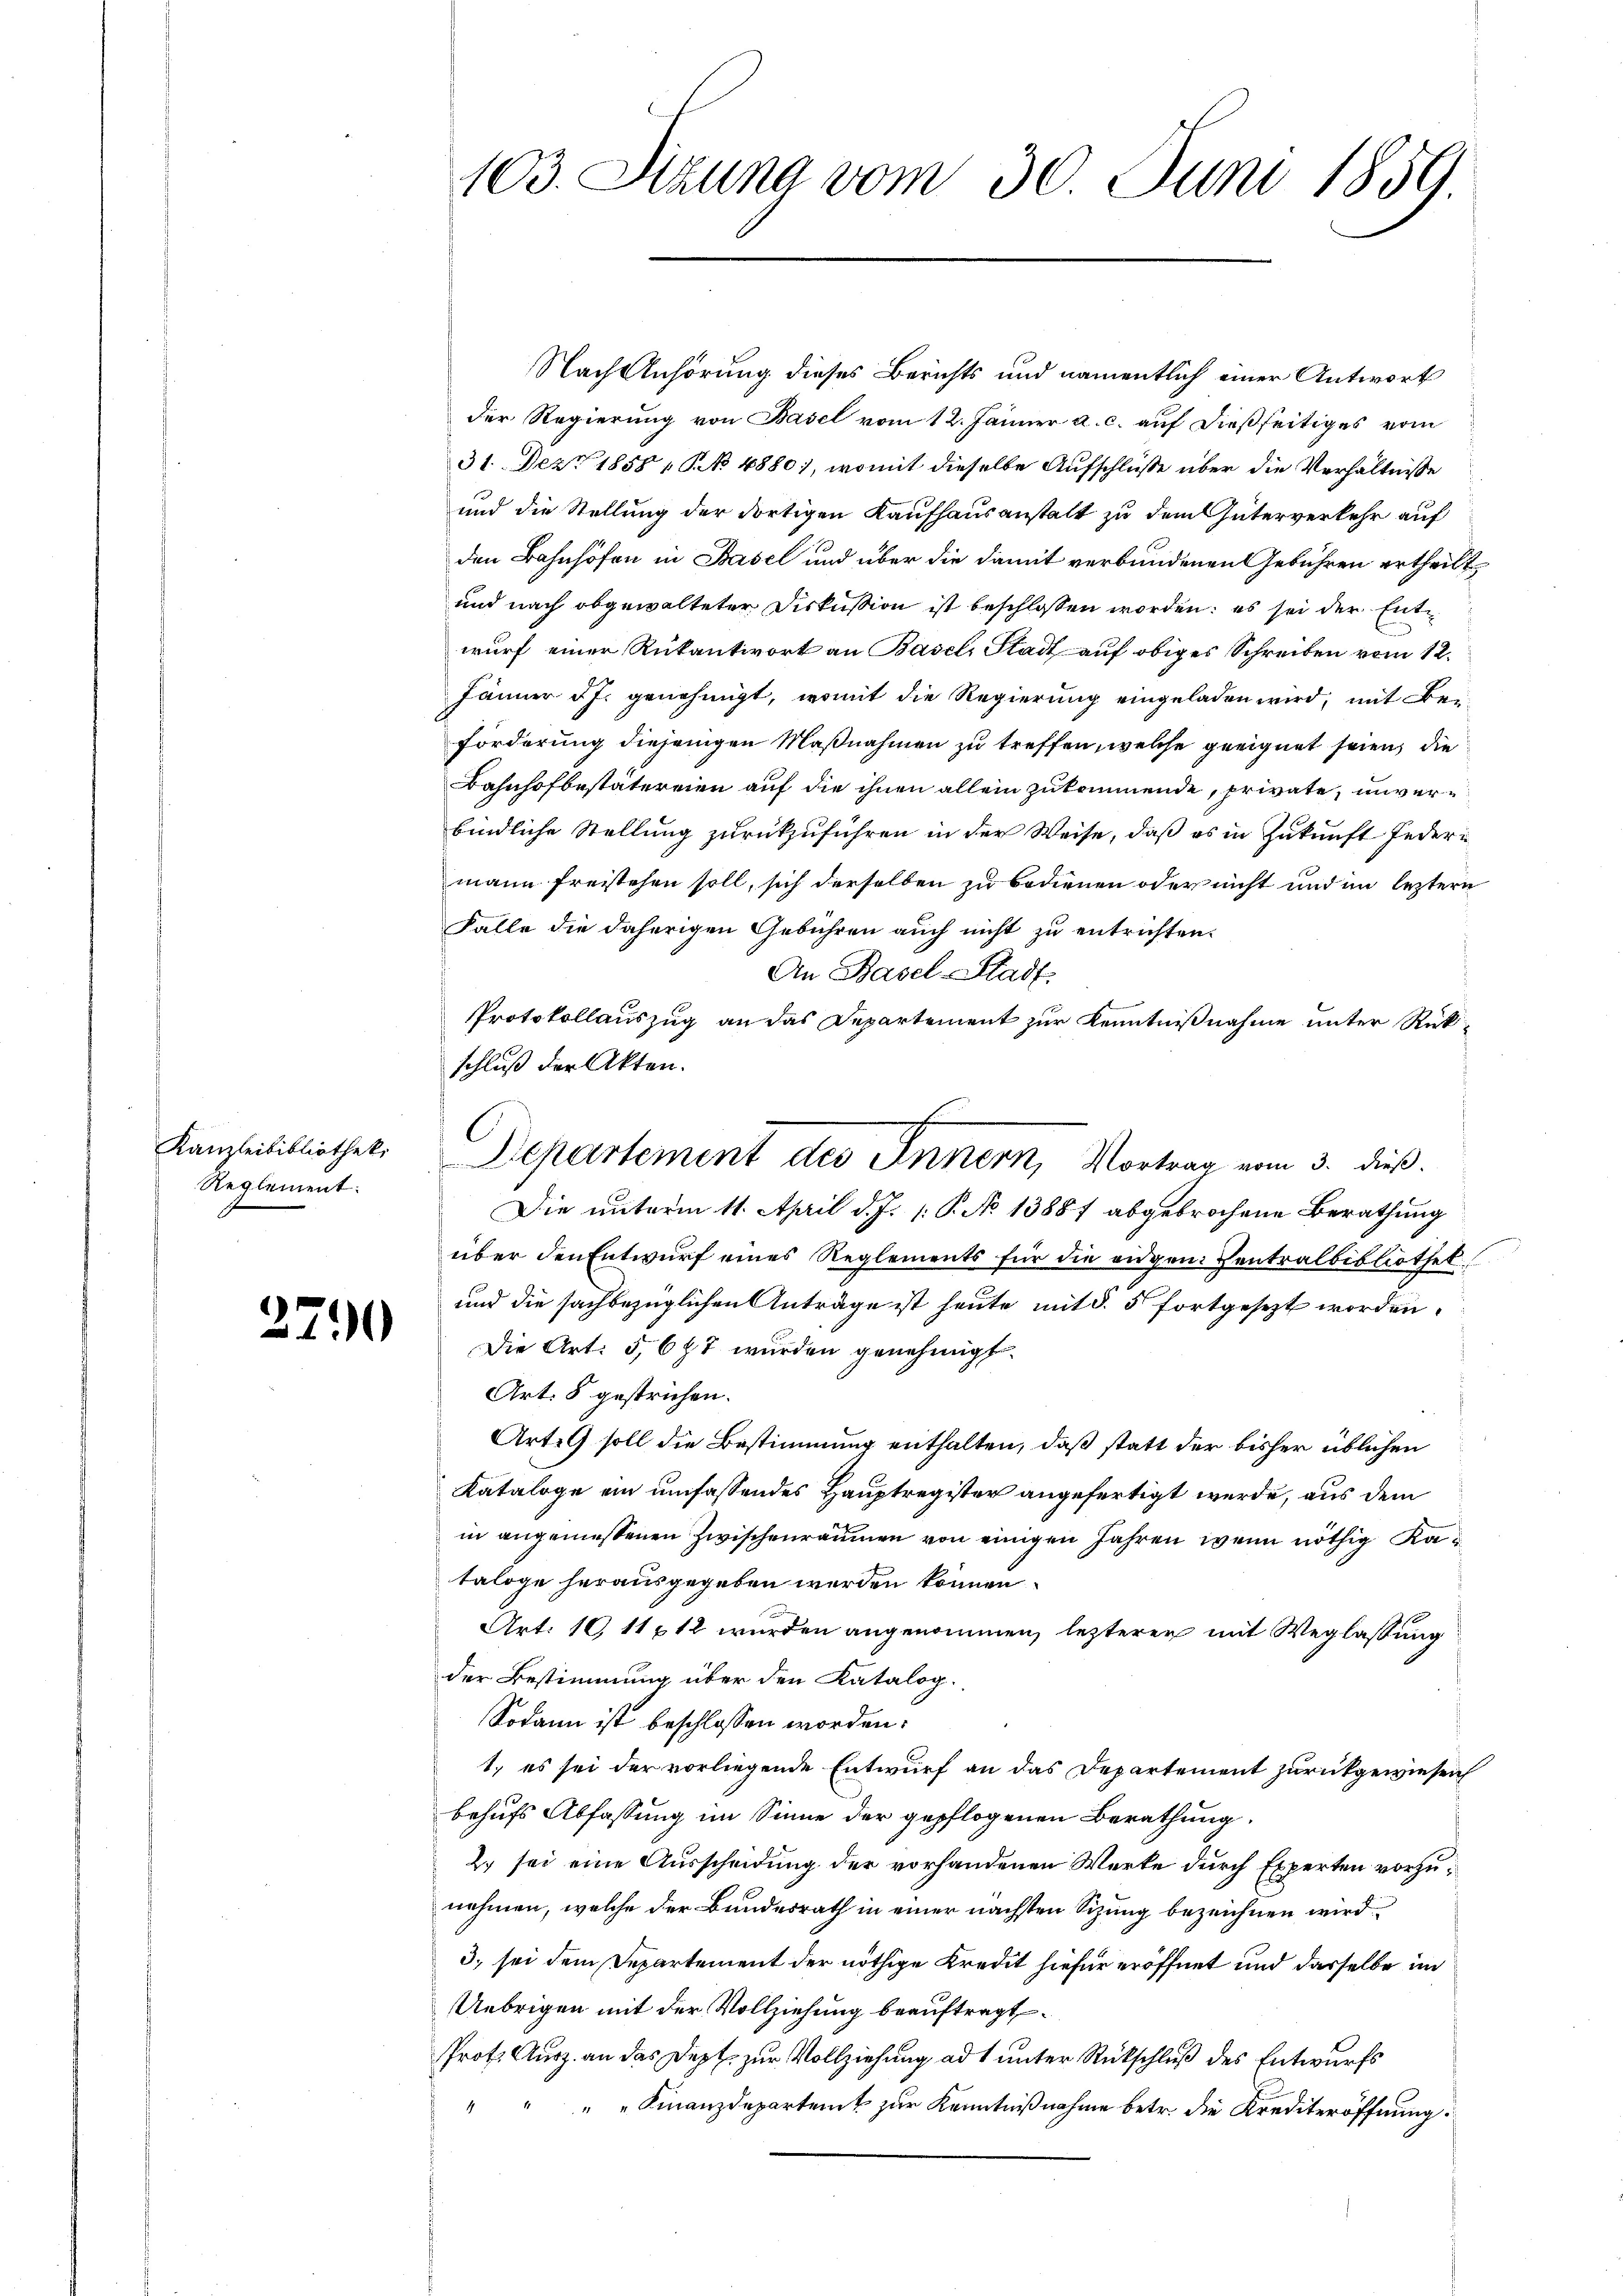
Kanzleibibliothek,
Reglement.

2790

103. Stzung vom 30. Juni 1859.

Nach Anhörung dieses Berichts und namentlich einer Antwort
der Regierung von Basel vom 12. Jänner a. c. auf dießseitiges vom
31 Dez. 1858 1 No 4880), womit dieselbe Aufschlüße über die Verhältnisse
und die Stellung der dortigen Kaufhausanstalt zu dem Güterverkehr auf
den Bahnhöfen in Basel und über die damit verbundenen Gebühren ertheilt,
und nach obgewalteter Diskussion ist beschlossen worden; es sei der Entwurf einer Rükantwort an Basel, Stadt auf obiges Schreiben vom 12.
Jänner d. J. genehmigt, womit die Regierung eingeladen wird, mit Bei¬
Forderung diejenigen Maßnahmen zu treffen, welche geeignet seien, die
Bahnhofbestätereien auf die ihnen allein zukommende, private, unverbindliche Stellung zurückzuführen in der Weise, daß es in Zukunft Jedern
mann freistehen soll, sich derselben zu bedienen oder nicht und im leztern
Falle die daherigen Gebühren auch nicht zu entrichten.
An Basel-Stadt.
Protokollauszug an das Departement zur Kenntnißnahme unter Rück¬
Die unterm 11. April d. J. P. No 13887 abgebrochene Berathung
über den Entwurf eines Reglements für die eidgen. Centralbibliothek
und die sachbezüglichen Anträge ist heute mit §. 5 fortgesezt worden.
Die Art. 5, 697 wurden genehmigt.
Art. 8 gestrichen.
Art. 9 soll die Bestimmung enthalten, daß statt der bisher üblichen
Kataloge ein umfassendes Hauptregister angefertigt werde, aus dem
in angemessenen Zwischenräumen von einigen Jahren, wenn nöthig Kataloge herausgegeben werden können.
Art. 10, 11612 wurden angenommen, lezterer mit Weglassung
der Bestimmung über den Katalog.
Sodann ist beschlossen worden.
1.) es sei der vorliegende Entwurf an das Departement zurückgewiesen
behufs Abfassung im Sinne der gepflogenen Berathung
2. sei eine Ausscheidung der vorhandenen Werke durch Experten vorzunehmen, welche der Bundesrath in einer nächsten Sizung bezeichnen wird
3. sei dem Departement der nöthige Kredit hiefür eröffnet und dasselbe im
Uebrigen mit der Vollziehung beauftragt
Prot. Ausz. an das Dept zur Vollziehung ad 1 unter Rückschluß des Entwurfs
" " " " Finanzdepartent zur Kenntnißnahme betr. die Krediteröffnung:

schluß der Akten.
Departement des Innern, Vortrag vom 3. dieß.